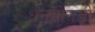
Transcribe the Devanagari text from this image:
धनमोनडी